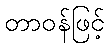
တာဝန်ဖြင့်